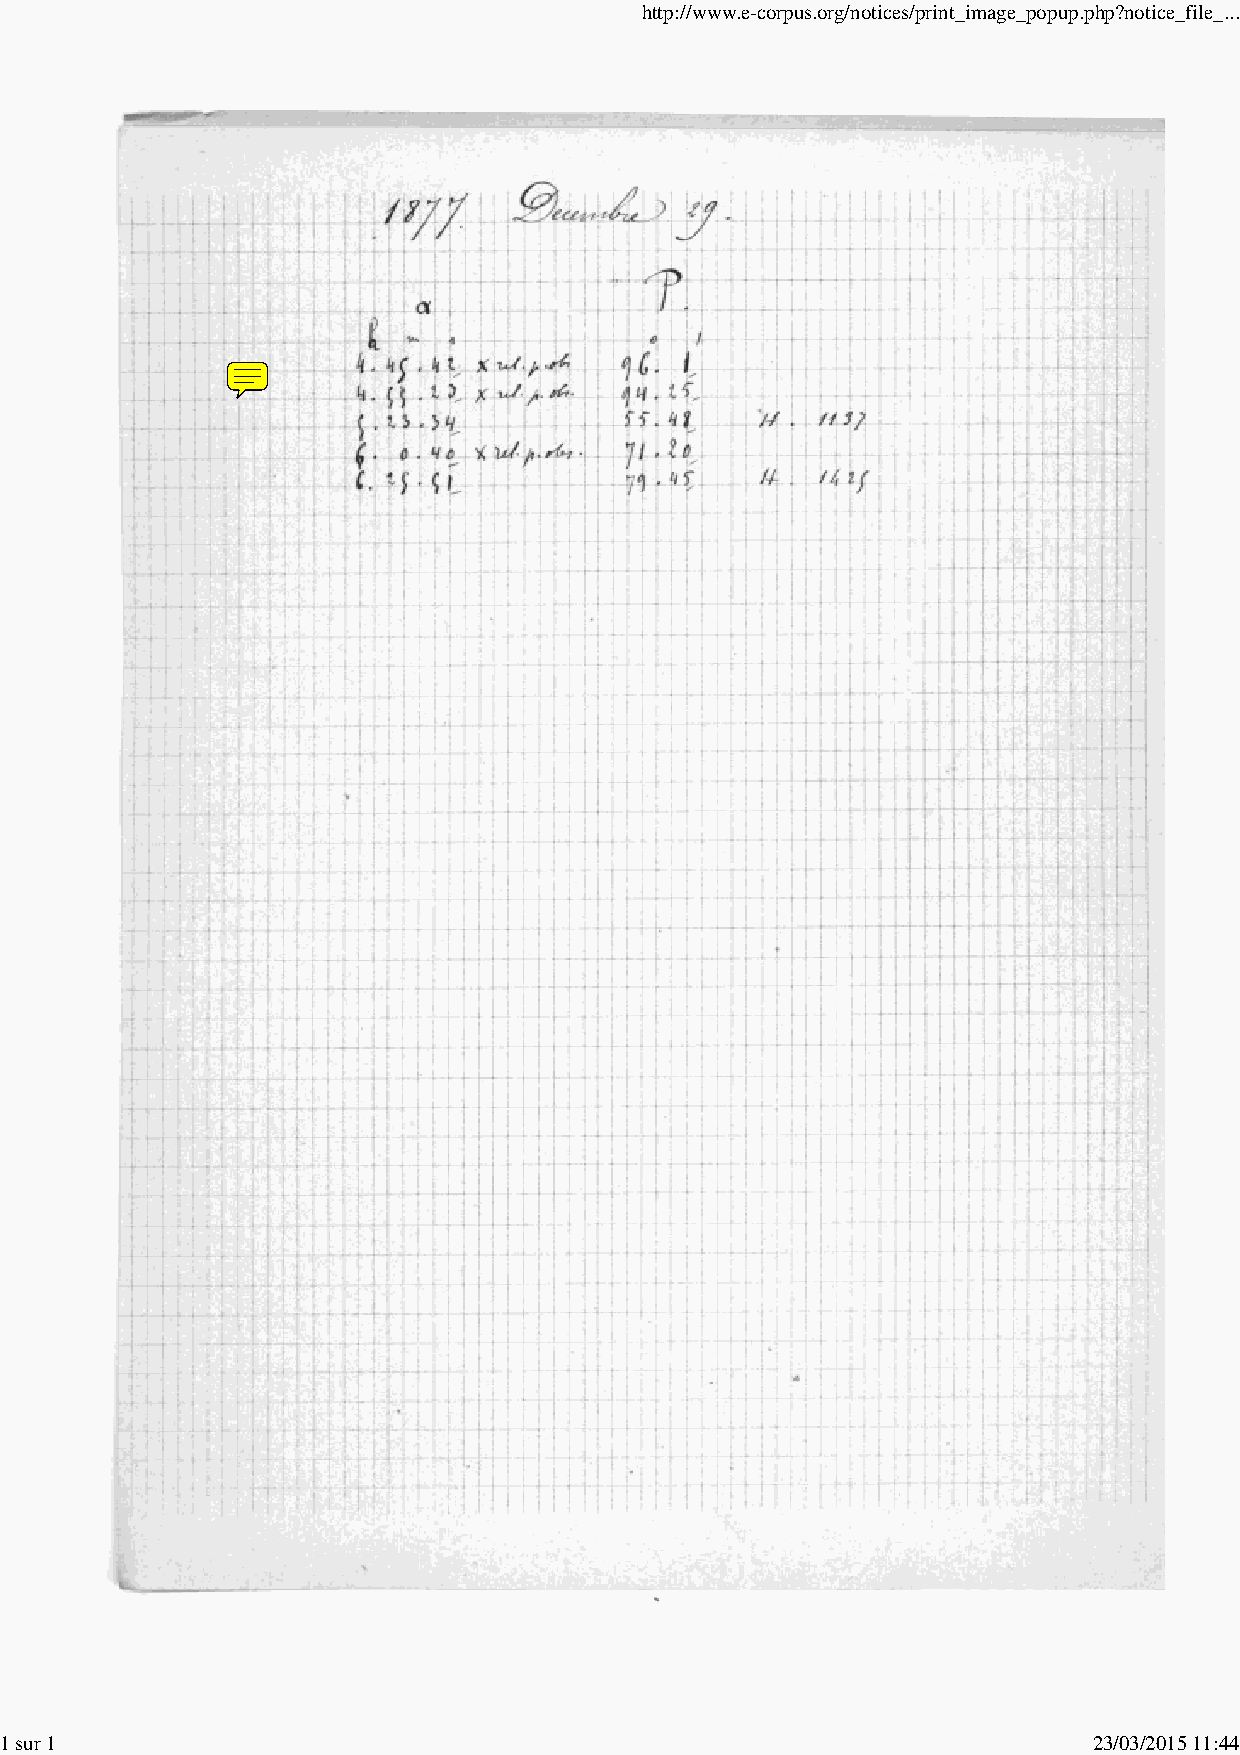
http://www.e-corpus.org/notices/print_image_popup.php?notice_file_...
 1 sur 1                                                                 23/03/2015 11:44